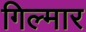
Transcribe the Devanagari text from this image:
गिल्मार